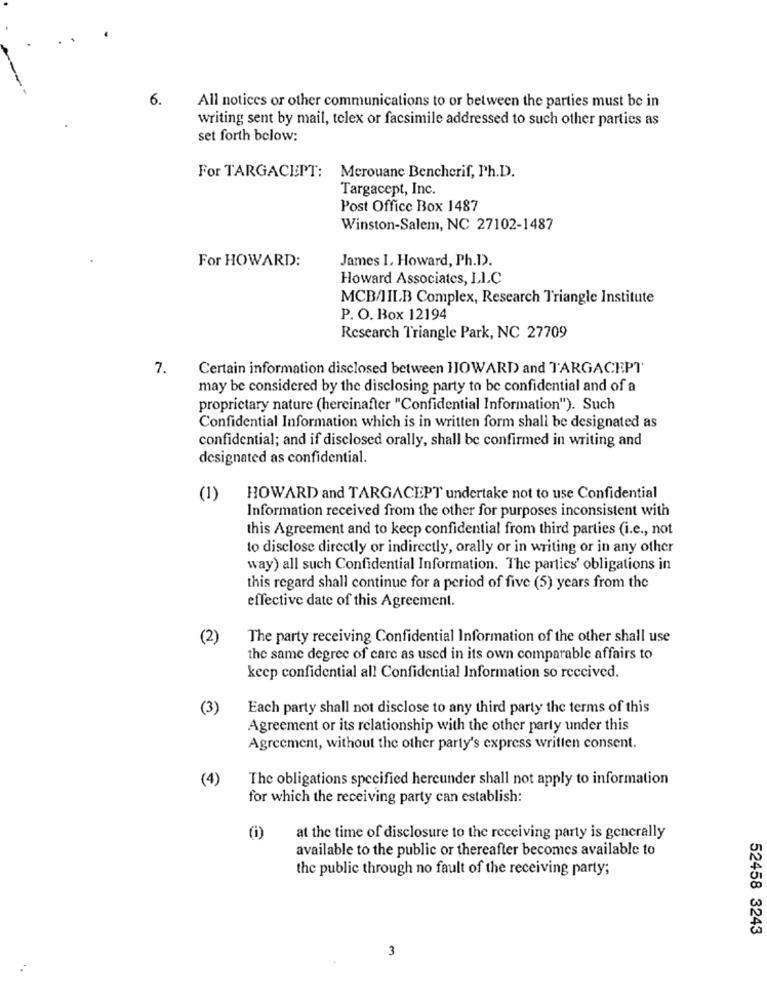
6.
All notices or other communications to or between the parties must be in
writing sent by mail, telex or facsimile addressed to such other parties as
set forth below:
For TARGACEPT:
Merouane Bencherif, Ph.D.
Targacept, Inc.
Post Office Box 1487
Winston-Salem, NC 27102-1487
For HOWARD:
James I. Howard, Ph.D).
Howard Associates, I.I.C
MCBAILB Complex, Research Triangle Institute
P. O. Box 12194
Research Triangle Park, NC 27709
7.
Certain information disclosed between HOWARD and TARGACEPT'
may be considered by the disclosing party to be confidential and of a
proprietary nature (hercinafter "Confidential Information"). Such
Confidential Information which is in written form shall be designated as
confidential; and if disclosed orally, shall be confirmed in writing and
designated as confidential.
(1)
HOWARD and TARGACEPT undertake not to use Confidential
Information received from the other for purposes inconsistent with
this Agreement and to keep confidential from third parties (i.e ., not
to disclose directly or indirectly, orally or in writing or in any other
way) all such Confidential Information. The parties' obligations in
this regard shall continue for a period of five (5) years from the
effective date of this Agreement.
(2)
The party receiving Confidential Information of the other shall use
the same degree of care as used in its own comparable affairs to
keep confidential all Confidential Information so received.
(3)
Each party shall not disclose to any third party the terms of this
Agreement or its relationship with the other party under this
Agreement, without the other party's express written consent.
(4)
The obligations specified hereunder shall not apply to information
for which the receiving party can establish:
(i)
at the time of disclosure to the receiving party is generally
available to the public or thereafter becomes available to
the public through no fault of the receiving party;
52458 3243
3